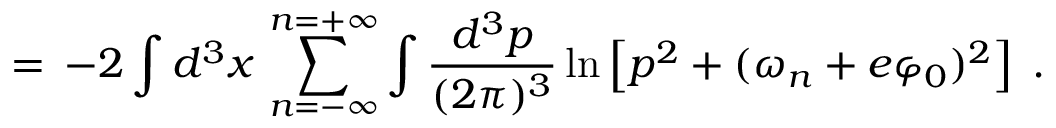
= \, - 2 \int d ^ { 3 } x \, \sum _ { n = - \infty } ^ { n = + \infty } \int \frac { d ^ { 3 } p } { ( 2 \pi ) ^ { 3 } } \ln \left[ p ^ { 2 } + ( \omega _ { n } + e \varphi _ { 0 } ) ^ { 2 } \right] \; .